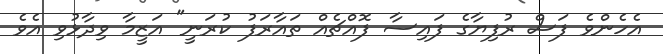
އެހެންވެ ފަސް ރުފިޔާގެ ފައިސާ ފޮއްޗެއް ތައާރަފު ކުރަނީ" އަޒީމާ ވިދާޅުވި އެވެ